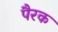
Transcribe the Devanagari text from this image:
पैरक